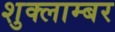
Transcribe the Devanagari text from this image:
शुक्लाम्बर